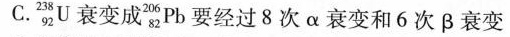
C. _{92}^{238}U 衰变成 _{82}^{206}Pb要经过8次α衰变和6次β衰变